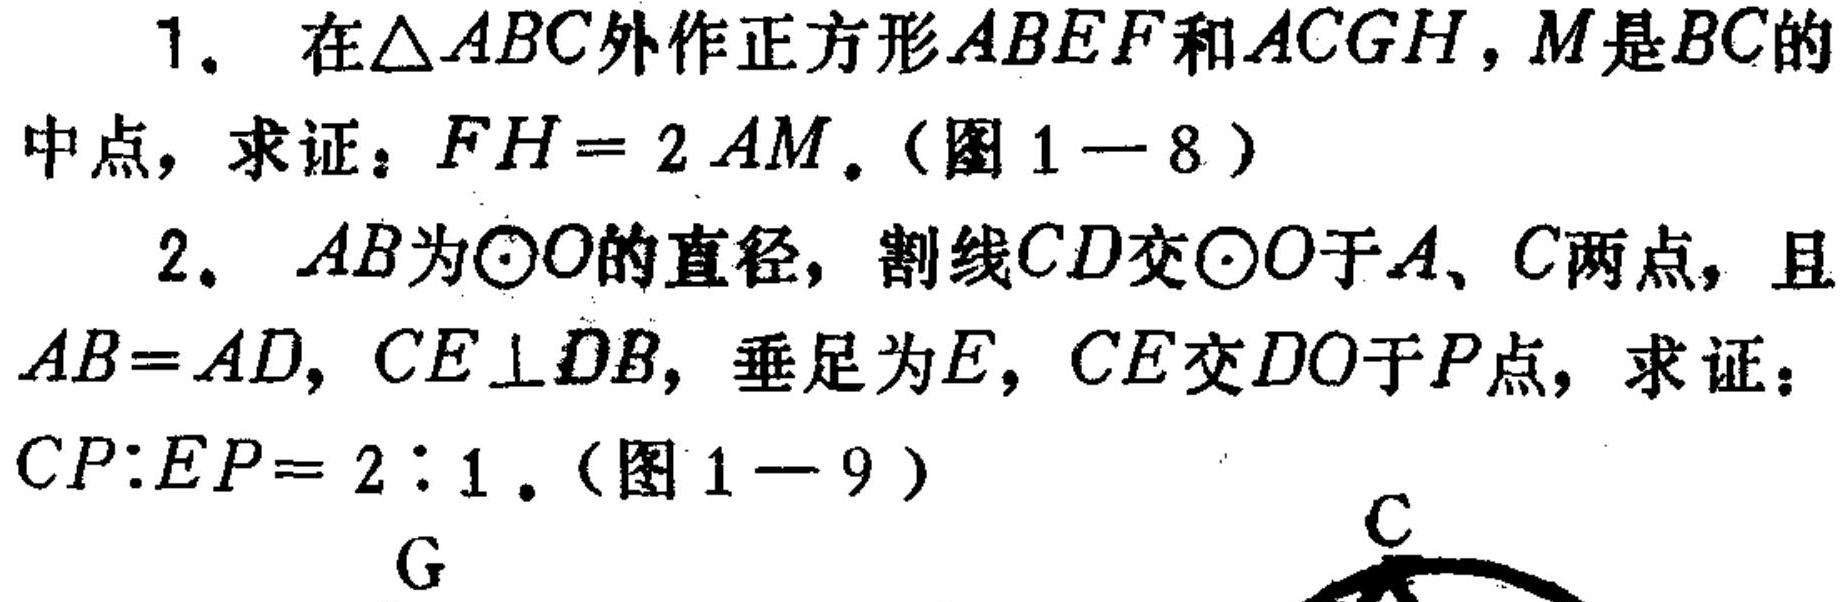
1. 在$\triangle ABC$外作正方形$ABEF$和$ACGH$，$M$是$BC$的
中点，求证：$FH = 2AM$。（图 1 - 8）
2. $AB$为$\odot O$的直径，割线$CD$交$\odot O$于$A、C$两点，且
$AB = AD$，$CE\perp DB$，垂足为$E$，$CE$交$DO$于$P$点，求证：
$CP:EP = 2:1$。（图 1 - 9）